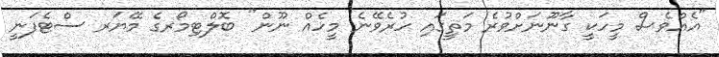
"އެއްވެސް މީހަކީ ގާނޫނަށްވުރެ މަތީގައި ހުރެވޭނެ މީހެއް ނޫން" ބޮލްޓިމޯރގެ މޭޔަރ ސްޓެފަނީ